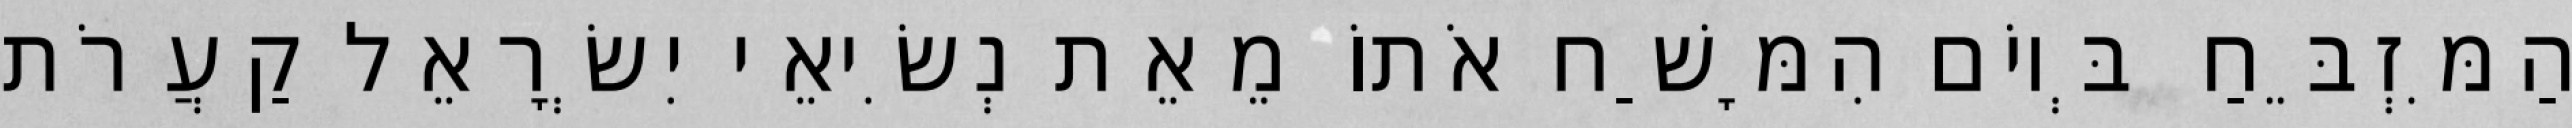
הַמִּזְבֵּחַ בְּיוֹם הִמָּשַׁח אֹתוֹ מֵאֵת נְשִׂיאֵי יִשְׂרָאֵל קַעֲרֹת